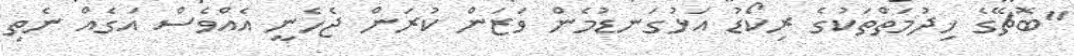
"ބޮޗޭގެ ޚިދުމަތްތަކުގެ ރިކޯޑު އަޅުގަނޑުމެން ވަޒަން ކުރަން ޖެހެނީ އެއްވެސް އަގެއް ނެތި